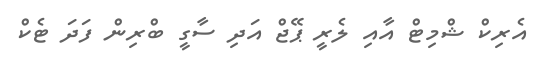
އެރިކް ޝްމިޓް އާއި ލެރީ ޕޭޖް އަދި ސާގީ ބްރިން ފަދަ ޓެކް